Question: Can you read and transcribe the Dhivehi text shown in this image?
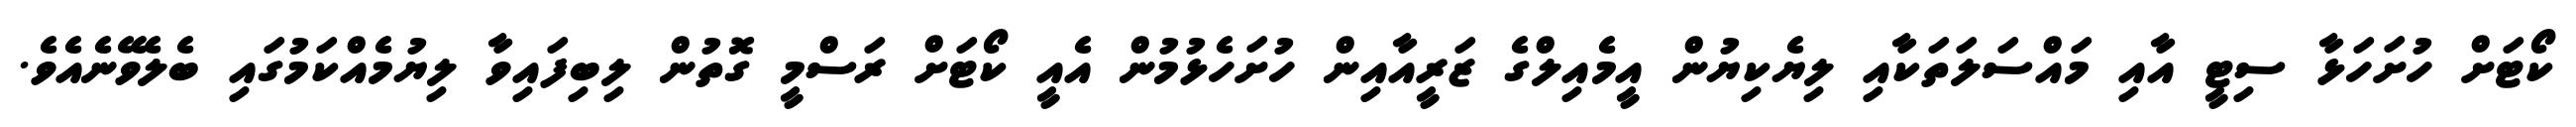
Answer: ކޯޓަށް ހުށަހަޅާ ސިޓީ އާއި މައްސަލަތަކާއި ލިޔެކިޔުން އީމެއިލްގެ ޒަރީއާއިން ހުށަހެޅުމުން އެއީ ކޯޓަށް ރަސްމީ ގޮތުން ލިބިފައިވާ ލިޔުމެއްކަމުގައި ބެލެވޭނެއެވެ.